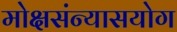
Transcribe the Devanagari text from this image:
मोक्षसंन्यासयोग